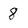
Character: 8